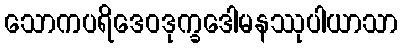
သောကပရိဒေဝဒုက္ခဒေါမနဿုပါယာသာ